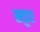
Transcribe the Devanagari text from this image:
सट्टर